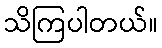
သိကြပါတယ်။